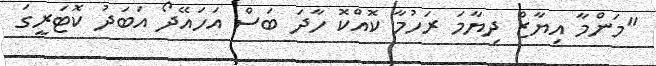
"މަންމާ އިޔާޒް ދިޔާމަ ރަހުމާ ކޮއްކޮ ހާދަ ބަސް އަހައޭދޯ އަބަދު ކޮޓަރީގަ